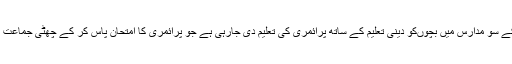
اسلام آباد،گلگت و بلتستان، آزاد کشمیرکے سو مدارس میں بچوںکو دینی تعلیم کے ساتھ پرائمری کی تعلیم دی جارہی ہے جو پرائمری کا امتحان پاس کر کے چھٹی جماعت میںعام سکول میں داخلہ لے سکیں گے۔